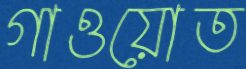
গাওয়োত